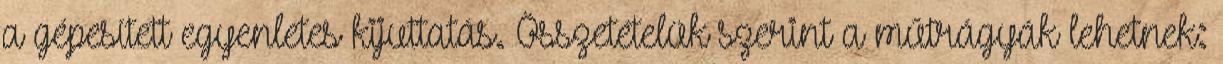
a gépesített egyenletes kijuttatás. Összetételük szerint a műtrágyák lehetnek: